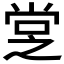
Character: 𡭿